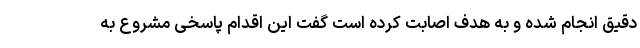
دقیق انجام شده و به هدف اصابت کرده است گفت این اقدام پاسخی مشروع به